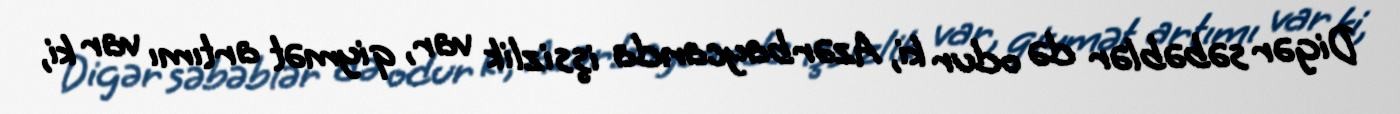
Digər səbəblər də odur ki, Azərbaycanda işsizlik var, qiymət artımı var ki,